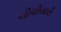
ચીચીયારી